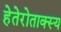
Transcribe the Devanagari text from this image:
हेतेरोताक्स्य